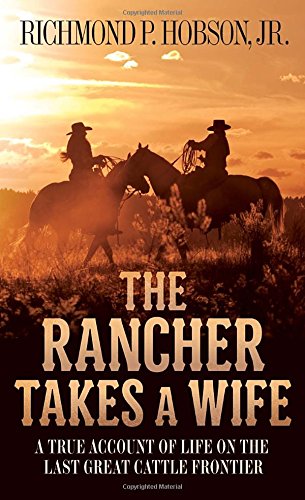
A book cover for The Rancher Takes a Wife: A True Account of Life on the Last Great Cattle Frontier; Richmond P. Hobson; Biographies & Memoirs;